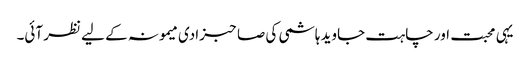
یہی محبت اور چاہت جاوید ہاشمی کی صاحبزادی میمونہ کے لیے نظر آئی۔